65_HS1-834228961_62-HQ-83894_SUB_A
Agency: FBI
Page 26
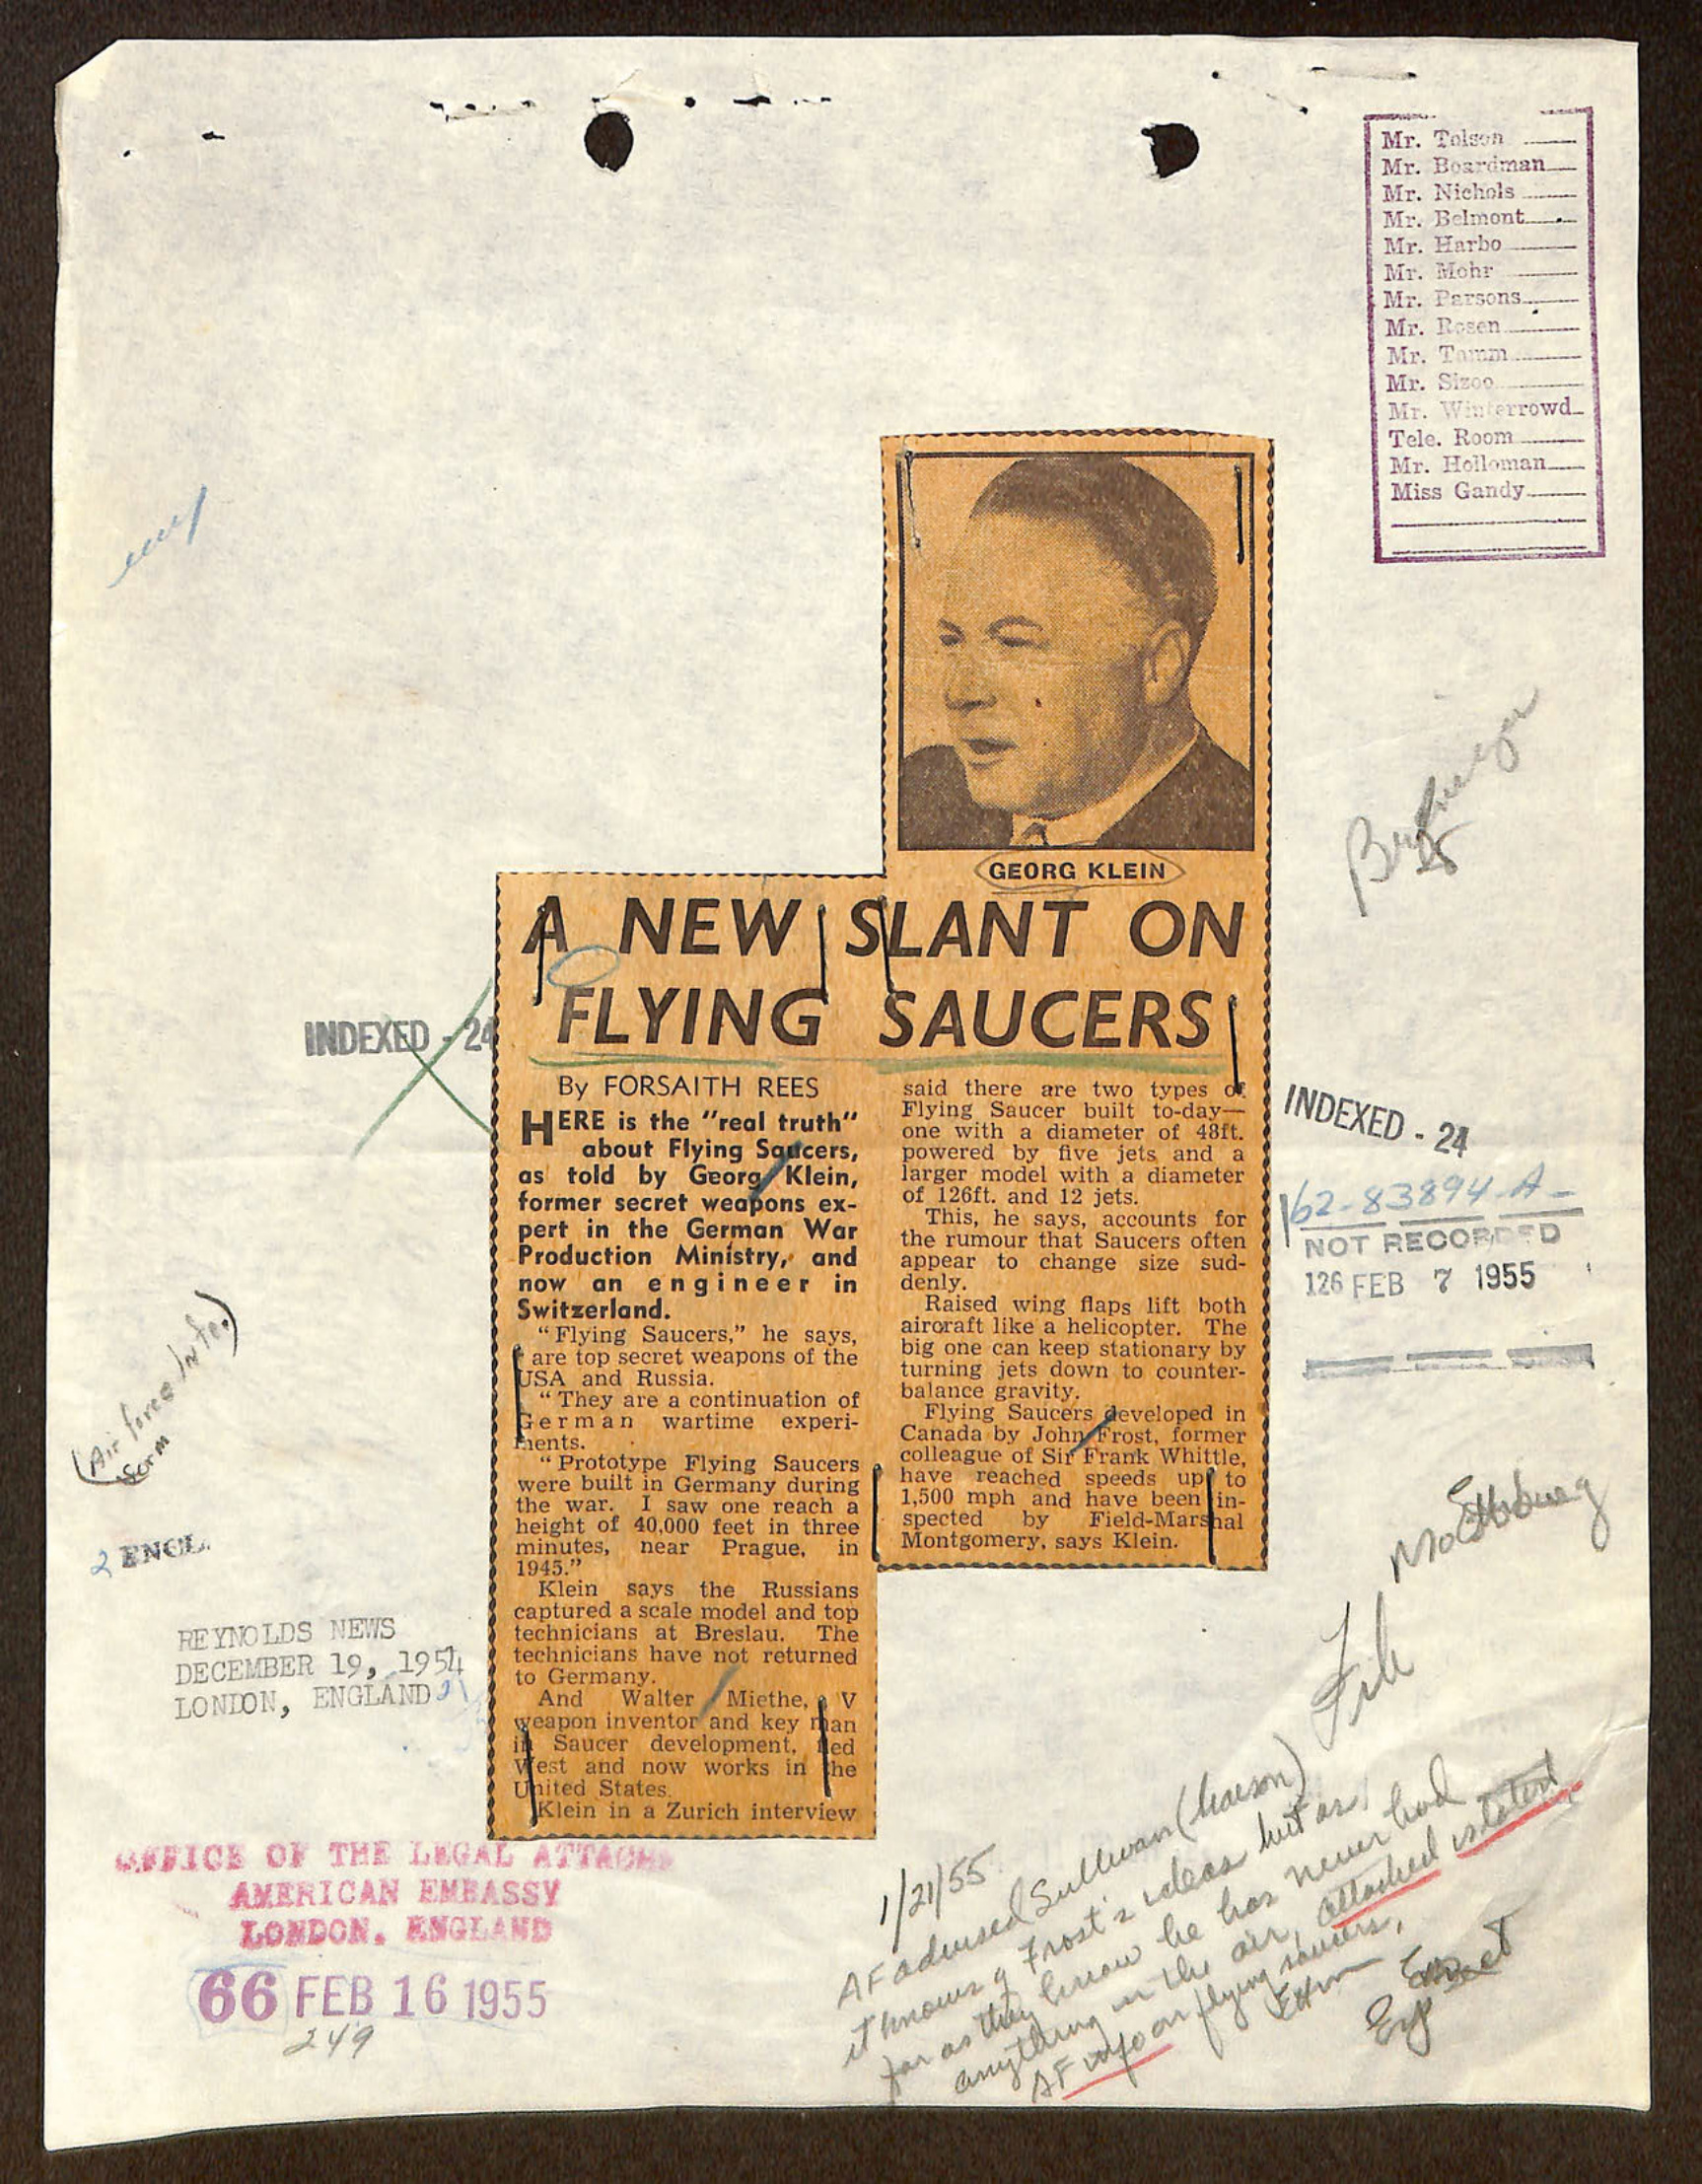